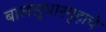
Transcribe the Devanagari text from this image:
बालसुधारगृहाचे